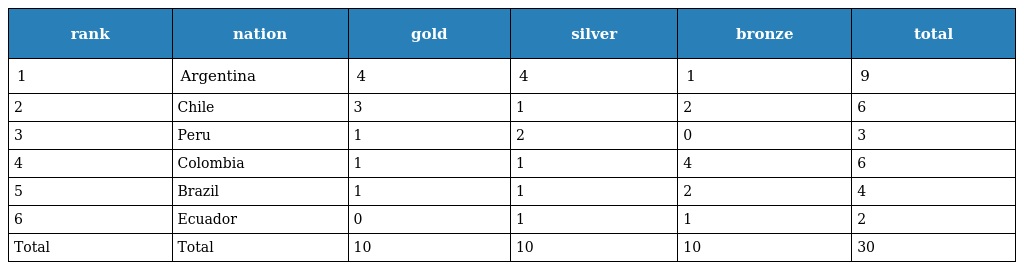
| rank | nation | gold | silver | bronze | total |
 | --- | --- | --- | --- | --- | --- |
 | 1 | Argentina | 4 | 4 | 1 | 9 |
 | 2 | Chile | 3 | 1 | 2 | 6 |
 | 3 | Peru | 1 | 2 | 0 | 3 |
 | 4 | Colombia | 1 | 1 | 4 | 6 |
 | 5 | Brazil | 1 | 1 | 2 | 4 |
 | 6 | Ecuador | 0 | 1 | 1 | 2 |
 | Total | Total | 10 | 10 | 10 | 30 |